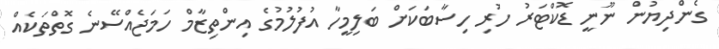
ގެންދިޔުން ނޫނީ ޑޮކްޓަރު ހުރި ހިސާބަކަށް ބަލިމީހާ އުފުލުމުގެ އިންތިޒާމް ހަމަޖެއްސޭނެ ގޮތްތަކެއް